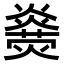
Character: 𤐥